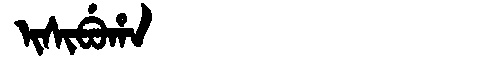
Manchu: ᡳᠰᡳᠪᡠᡥᠠ
Romanization: ISIBUHA